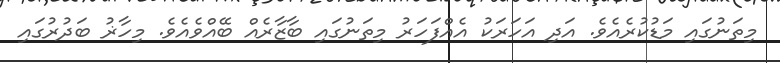
މިތަނުގައި މަޑުކުރެއެވެ. އަދި އަހަރަކު އެއްފަހަރު މިތަނުގައި ބާޒާރެއް ބޭއްވެއެވެ. މިހާޜު ބަދުރުގައި